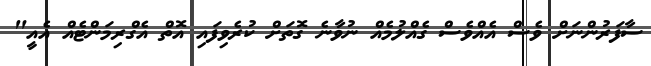
ސާފަރުންނަށް ވެސް އެއްވެސް ގެއްލުމެއް ނުވާނެ ގޮތަށް ކުރެވިފައި އޮތް އެގްރިމަންޓެއް އެއީ"